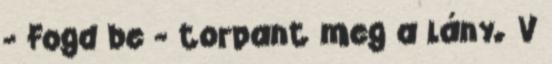
- Fogd be - torpant meg a lány. V